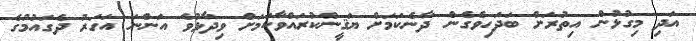
އަދި މިގުޅުން އިތުރަށް ބަދަހިވެގެން ދާނެކަމަށް ޔަޤީންކުރައްވާކަމަށް ވިދާޅުވެ އަންނަ އަހަރު ދެގައުމުގެ